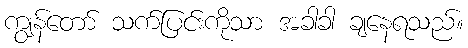
ကျွန်တော် သက်ပြင်းကိုသာ အခါခါ ချနေရသည်။